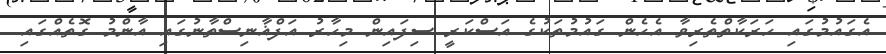
އެގައުމުގައި ހަރަކާތްތެރިވާ އެހެން ގައުމުތަކުގެ އަސްކަރީ ސިފައިން މިހާރު އަފްޣާނިސްތާނުގައި އާންމު ގޮތެއްގައި